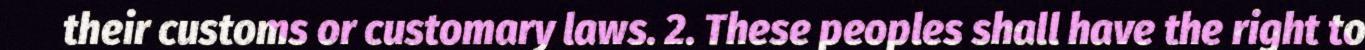
their customs or customary laws. 2. These peoples shall have the right to